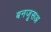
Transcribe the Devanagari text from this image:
बनजूसअ